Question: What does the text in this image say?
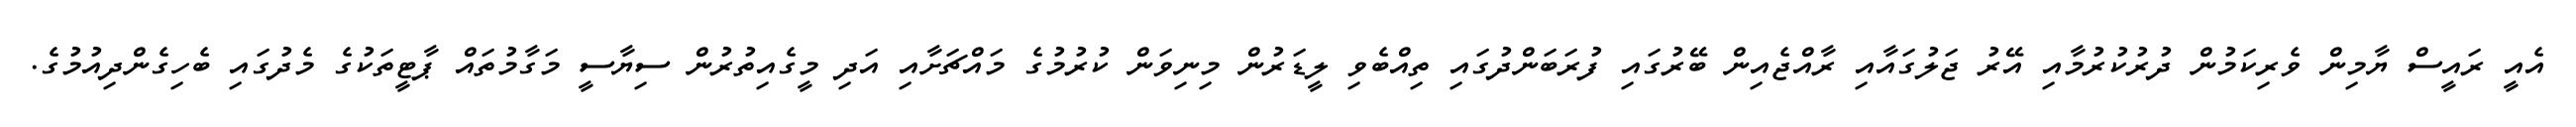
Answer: އެއީ ރައީސް ޔާމިން ވެރިކަމުން ދުރުކުރުމާއި އޭރު ޖަލުގައާއި ރާއްޖެއިން ބޭރުގައި ފުރަބަންދުގައި ތިއްބެވި ލީޑަރުން މިނިވަން ކުރުމުގެ މައްޗަށާއި އަދި މީގެއިތުރުން ސިޔާސީ މަގާމުތައް ޕާޓީތަކުގެ މެދުގައި ބެހިގެންދިއުމުގެ.